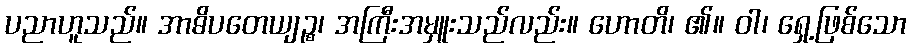
ပညာဟူသည်။ အာဓိပတေယျဉ္စ၊ အကြီးအမှူးသည်လည်း။ ဟောတိ၊ ၏။ ဝါ၊ ရှေ့ဖြစ်သော